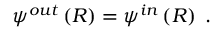
\psi ^ { o u t } \left( R \right) = \psi ^ { i n } \left( R \right) \; .